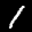
Digit: 1